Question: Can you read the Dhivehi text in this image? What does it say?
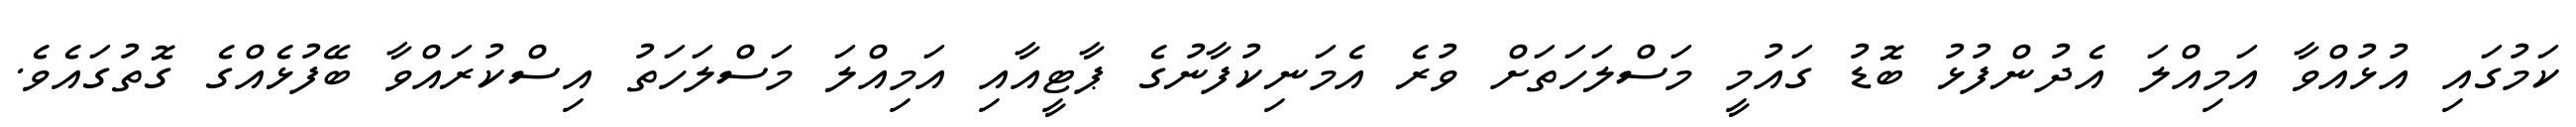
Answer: ކަމުގައި އުޅުއްވާ އަމިއްލަ އެދުންފުޅު ބޮޑު ގައުމީ މަސްލަހަތަށް ވުރެ އެމަނިކުފާނުގެ ޕާޓީއާއި އަމިއްލަ މަސްލަހަތު އިސްކުރައްވާ ބޭފުޅެއްގެ ގޮތުގައެވެ.